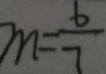
m = \frac { 6 } { 7 }